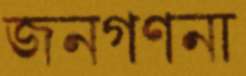
জনগণনা